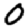
Digit: 0